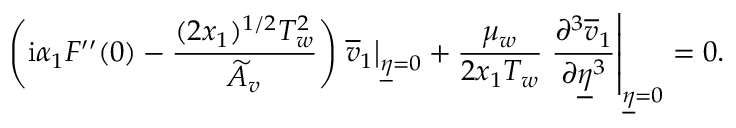
\left( \mathrm { i } \alpha _ { 1 } F ^ { \prime \prime } ( 0 ) - \frac { ( 2 x _ { 1 } ) ^ { 1 / 2 } T _ { w } ^ { 2 } } { \widetilde { A } _ { v } } \right) \left. \overline { { v } } _ { 1 } \right\vert _ { \underline { { \eta } } = 0 } + \frac { \mu _ { w } } { 2 x _ { 1 } T _ { w } } \left. \frac { \partial ^ { 3 } \overline { { v } } _ { 1 } } { \partial \underline { { \eta } } ^ { 3 } } \right\vert _ { \underline { { \eta } } = 0 } = 0 .